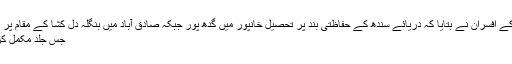
محکمہ انہار کے افسران نے بتایا کہ دریائے سندھ کے حفاظتی بند پر تحصیل خانپور میں گدھ پور جبکہ صادق آباد میں بنگلہ دل کشا کے مقام پر کام جاری ہے
جس جلد مکمل کر لیا جائے گا۔